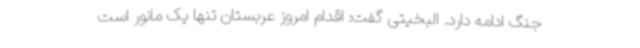
جنگ ادامه دارد. البخیتی گفت: اقدام امروز عربستان تنها یک مانور است